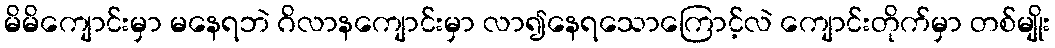
မိမိကျောင်းမှာ မနေရဘဲ ဂိလာနကျောင်းမှာ လာ၍နေရသောကြောင့်လဲ ကျောင်းတိုက်မှာ တစ်မျိုး